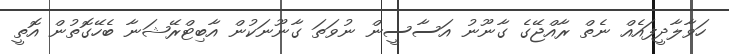
ހަވާލާދީފައެއް ނެތް ރާއްޖޭގެ ގާނޫނު އަސާސީން ނުވަތަ ގާނޫނަކުން އާބިޓްރޭޝަނާ ބެހޭގޮތުން އޮތީ